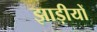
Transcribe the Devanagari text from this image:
झाड़ीयों